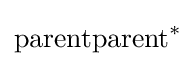
{\text{parent}}{\text{parent}}^{*}